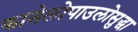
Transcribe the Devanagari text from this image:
कानेलोपाउलोसुद्धा